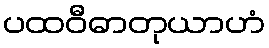
ပထဝီဓာတုယာဟံ